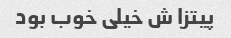
پیتزا ش خیلی خوب بود